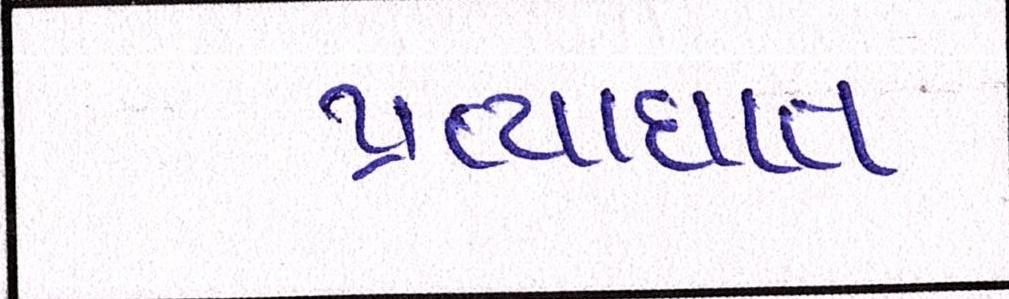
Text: પ્રત્યાઘાત